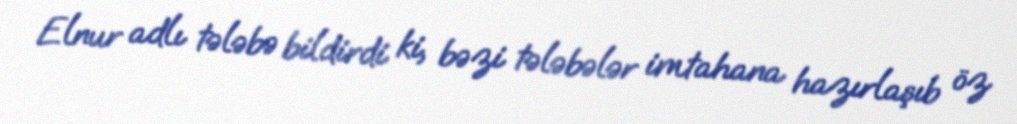
Elnur adlı tələbə bildirdi ki, bəzi tələbələr imtahana hazırlaşıb öz